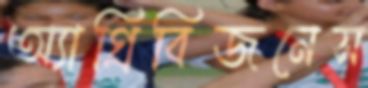
অ্যাগ্রিবিজনেস